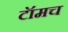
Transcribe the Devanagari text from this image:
टॉमच